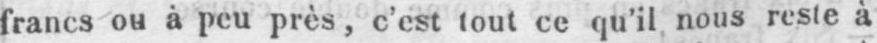
francs ou à peu près, c’est tout ce qu’il nous reste à